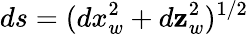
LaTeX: ds=(dx_{w}^{2}+d\mathbf{z}_{w}^{2})^{1/2}